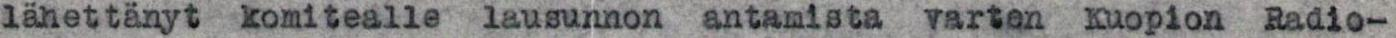
länettänyt komitealle lausunnon antamista varten Kuopion Radio-